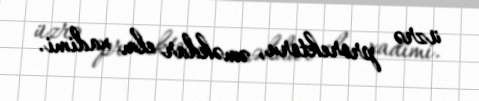
üzrə prorektoru, əməkdar elm xadimi.